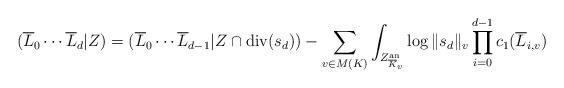
LaTeX: \begin{align*}(\overline{L}_0\cdots\overline{L}_d|Z)=(\overline{L}_0\cdots\overline{L}_{d-1}|Z\cap \mathrm{div}(s_d))-\sum_{v\in M(K)}\int_{Z_{\overline{K}_v}^{\mathrm{an}}} \log\|s_d\|_v \prod_{i=0}^{d-1}c_1(\overline{L}_{i,v})\end{align*}